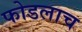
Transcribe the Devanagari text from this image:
फोडलाच